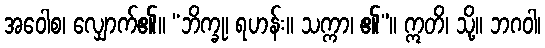
အဝေါစ၊ လျှောက်၏။ “ဘိက္ခု၊ ရဟန်း။ သက္ကာ၊ ၏”။ ဣတိ၊ သို့။ ဘဂဝါ၊